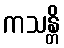
ကသန္တိ